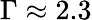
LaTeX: \Gamma\approx 2.3